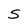
Character: S